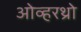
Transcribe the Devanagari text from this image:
ओव्हरथ्रो